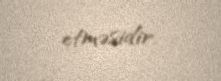
etməsidir.